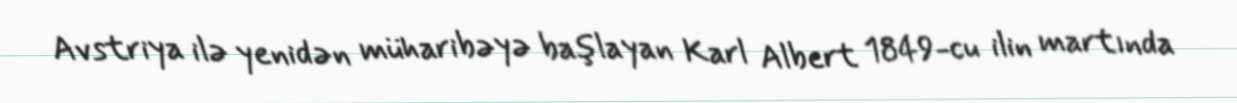
Avstriya ilə yenidən müharibəyə başlayan Karl Albert 1849-cu ilin martında